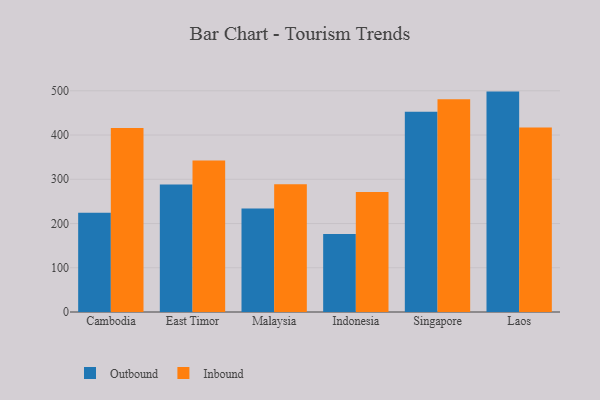
{"axis": {"x": "Country", "y": "Humidity (%)"}, "legend": ["Inbound", "Outbound"], "data": [{"x": "Cambodia", "y": 224.4, "type": "Outbound"}, {"x": "Cambodia", "y": 416.1, "type": "Inbound"}, {"x": "East Timor", "y": 288.4, "type": "Outbound"}, {"x": "East Timor", "y": 342.3, "type": "Inbound"}, {"x": "Malaysia", "y": 233.8, "type": "Outbound"}, {"x": "Malaysia", "y": 288.8, "type": "Inbound"}, {"x": "Indonesia", "y": 176.2, "type": "Outbound"}, {"x": "Indonesia", "y": 271.4, "type": "Inbound"}, {"x": "Singapore", "y": 452.7, "type": "Outbound"}, {"x": "Singapore", "y": 480.9, "type": "Inbound"}, {"x": "Laos", "y": 498.2, "type": "Outbound"}, {"x": "Laos", "y": 417.0, "type": "Inbound"}]}